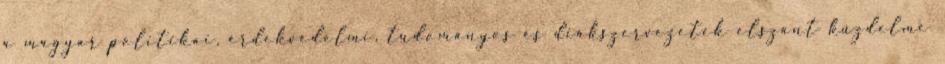
a magyar politikai, érdekvédelmi, tudományos és diákszervezetek elszánt küzdelme